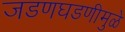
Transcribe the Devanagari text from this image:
जडणघडणीमुळे